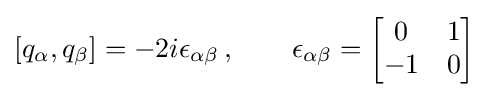
\left[q_{\alpha },q_{\beta }\right]=-2i\epsilon _{\alpha \beta }\,,\qquad \epsilon _{\alpha \beta }={\begin{bmatrix}0&1\\-1&0\end{bmatrix}}